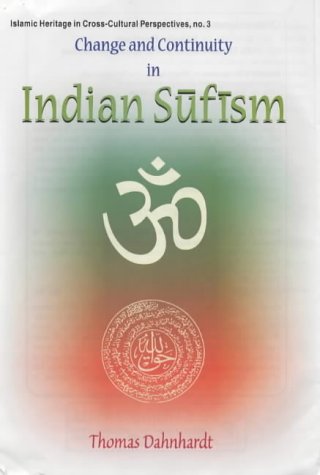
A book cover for Change and Continuity in Indian Sufism: A Naqshbandi-Mujaddidi Branch in the Hindu Environment (Islamic Heritage in Cross-cultural Perspectives); Thomas Dahnhardt; Religion & Spirituality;